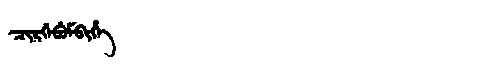
Manchu: ᠴᡳᡵᡤᡝᠪᡠᠮᠪᡳᡥᡝ
Romanization: CIRGEBUMBIHE